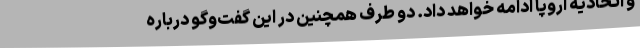
و اتحادیه اروپا ادامه خواهد داد. دو طرف همچنین در این گفت‌وگو درباره